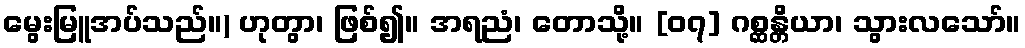
မွေးမြူအပ်သည်။) ဟုတွာ၊ ဖြစ်၍။ အရညံ၊ တောသို့။ [၀၇] ဂစ္ဆန္တိယာ၊ သွားလသော်။